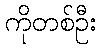
ကိုတစ်ဦး